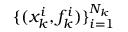
\{ ( x _ { k } ^ { i } , f _ { k } ^ { i } ) \} _ { i = 1 } ^ { N _ { k } }